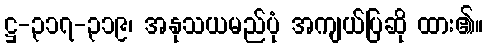
ဋ္ဌ-၃၁၇-၃၁၉၊ အနုသယမည်ပုံ အကျယ်ပြဆို ထား၏။